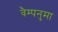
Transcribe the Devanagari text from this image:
वैम्पनुमा